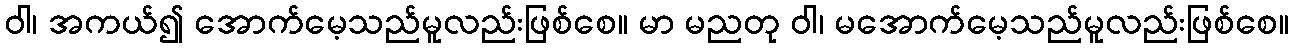
ဝါ၊ အကယ်၍ အောက်မေ့သည်မူလည်းဖြစ်စေ။ မာ မညတု ဝါ၊ မအောက်မေ့သည်မူလည်းဖြစ်စေ။